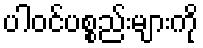
ပါဝင်ပစ္စည်းများကို